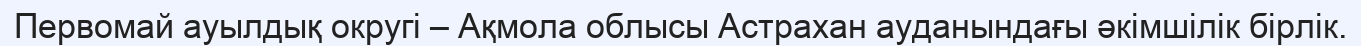
Первомай ауылдық округі – Ақмола облысы Астрахан ауданындағы әкімшілік бірлік.